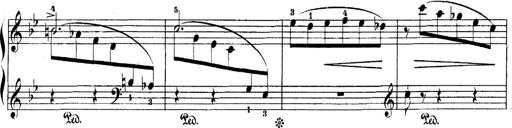
Title: 5 Sonatinas
Composer: Theodor Kirchner